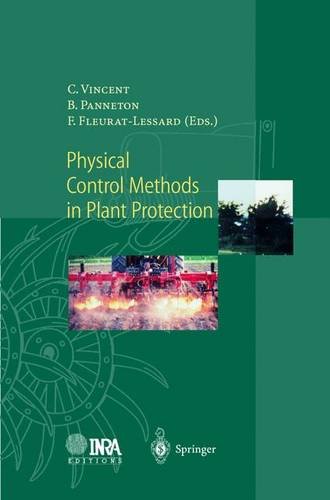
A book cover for Physical Control Methods in Plant Protection; Crafts, Hobbies & Home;